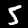
Digit: 5